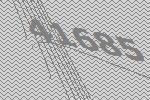
41685